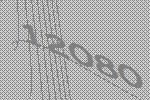
12080